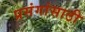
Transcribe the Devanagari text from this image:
प्रसंगांसाठी